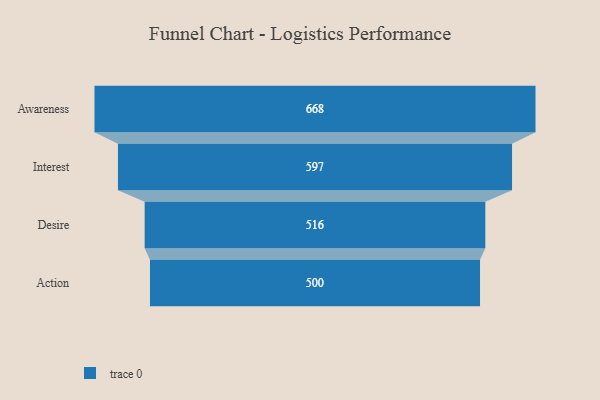
{"axis": {"x": "Stage", "y": "Value"}, "legend": [""], "data": [{"x": "Awareness", "y": 668.0, "type": ""}, {"x": "Interest", "y": 597.0, "type": ""}, {"x": "Desire", "y": 516.0, "type": ""}, {"x": "Action", "y": 500, "type": ""}]}